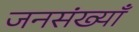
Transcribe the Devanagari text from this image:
जनसंख्याँ